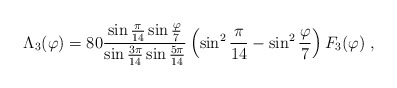
\begin{align*} \Lambda_3(\varphi)=80{\sin{\pi \over 14}\sin{\varphi \over 7} \over \sin{3\pi \over 14}\sin{5\pi \over 14}}\left ( \sin^2{\pi \over 14} - \sin^2{\varphi \over 7} \right )F_3(\varphi)\;,\end{align*}